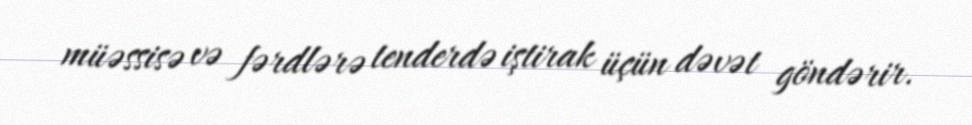
müəssisə və fərdlərə tenderdə iştirak üçün dəvət göndərir.